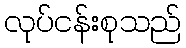
လုပ်ငန်းစုသည်